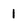
Character: I